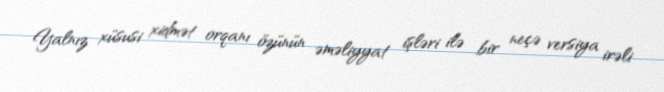
Yalnız xüsusi xidmət orqanı özünün əməliyyat işləri ilə bir neçə versiya irəli